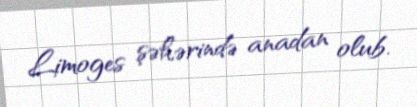
Limoges şəhərində anadan olub.